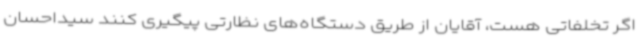
اگر تخلفاتی هست، آقایان از طریق دستگاه‌های نظارتی پیگیری کنند سیداحسان